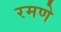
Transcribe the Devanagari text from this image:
रमणे